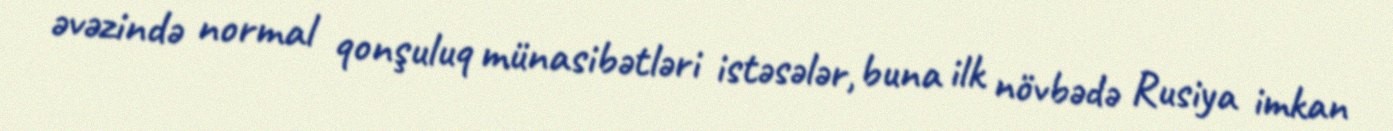
əvəzində normal qonşuluq münasibətləri istəsələr, buna ilk növbədə Rusiya imkan